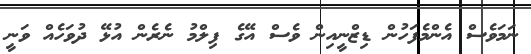
ނަމަވެސް އެންމެފަހުން ޑިޒްނީއިން ވެސް އޭގެ ފިލްމު ނެރެން އުޅޭ ދުވަހެއް ވަނީ